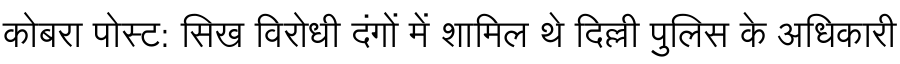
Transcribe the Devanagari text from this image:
कोबरा पोस्ट: सिख विरोधी दंगों में शामिल थे दिल्ली पुलिस के अधिकारी